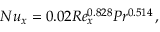
N u _ { x } = 0 . 0 2 R e _ { x } ^ { 0 . 8 2 8 } P r ^ { 0 . 5 1 4 } \, ,